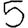
Digit: 5